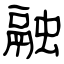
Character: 融